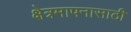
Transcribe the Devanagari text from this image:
क्षेत्रमापनासाठी